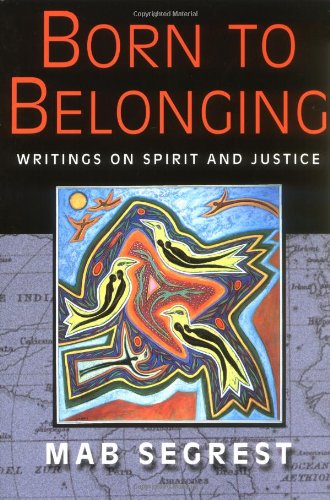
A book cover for Born to Belonging: Writings on Spirit and Justice; Mab Segrest; Gay & Lesbian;